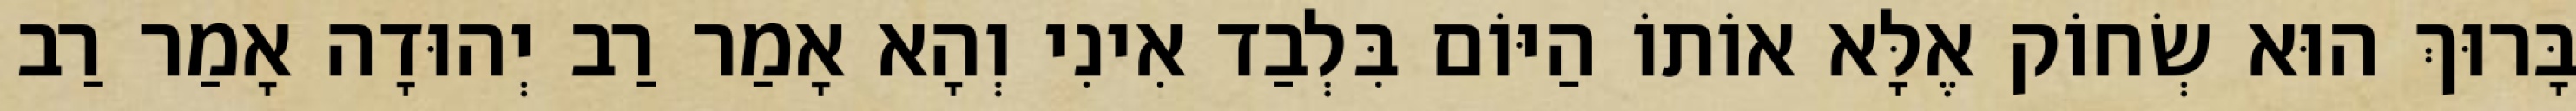
בָּרוּךְ הוּא שְׂחוֹק אֶלָּא אוֹתוֹ הַיּוֹם בִּלְבַד אִינִי וְהָא אָמַר רַב יְהוּדָה אָמַר רַב